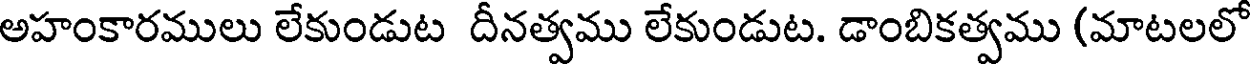
అహంకారములు లేకుండుట దీనత్వము లేకుండుట. డాంబికత్వము (మాటలలో